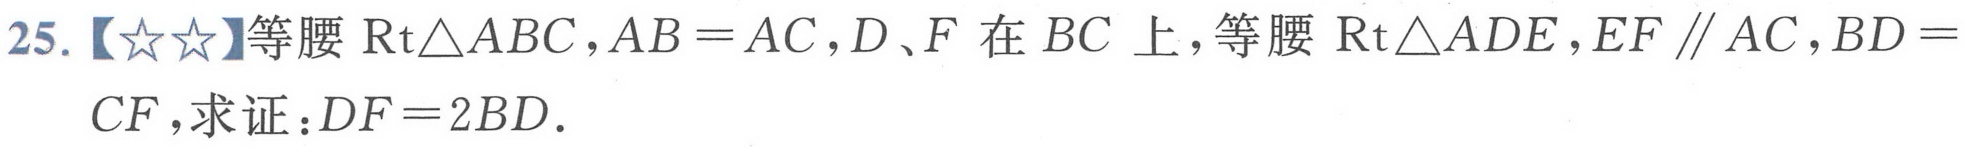
25.【★★】等腰\(\text{Rt}\triangle ABC\)，\(AB = AC\)，\(D、F\)在\(BC\)上，等腰\(\text{Rt}\triangle ADE\)，\(EF\parallel AC\)，\(BD = CF\)，求证：\(DF = 2BD\)．